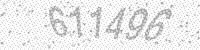
Solution: 611496